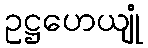
ဥဋ္ဌဟေယျုံ